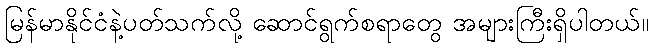
မြန်မာနိုင်ငံနဲ့ပတ်သက်လို့ ဆောင်ရွက်စရာတွေ အများကြီးရှိပါတယ်။